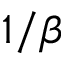
1 / \beta